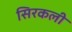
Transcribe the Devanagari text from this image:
सिरकली